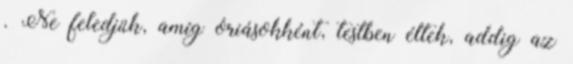
. Ne feledjük, amíg óriásokként, testben éltek, addig az